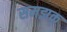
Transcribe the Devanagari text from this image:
समझक